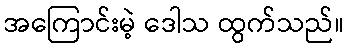
အကြောင်းမဲ့ ဒေါသ ထွက်သည်။